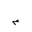
Letter: _mim